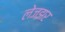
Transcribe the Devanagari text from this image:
लेजझर